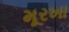
મૂરખા